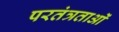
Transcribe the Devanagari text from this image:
परतंत्रताओं